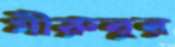
মীরুবুর